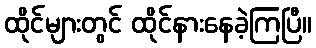
ထိုင်များတွင် ထိုင်နားနေခဲ့ကြပြီ။